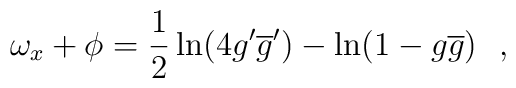
\omega_x + \phi=\frac{1}{2}\ln(4g'\overline{g}')-\ln(1-g\overline{g})~~,